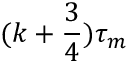
( k + \frac 3 4 ) \tau _ { m }